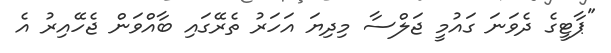
"ޕާޓީގެ ދެވަނަ ގައުމީ ޖަލްސާ މިދިޔަ އަހަރު ތެރޭގައި ބާއްވަން ޖެހޭއިރު އެ